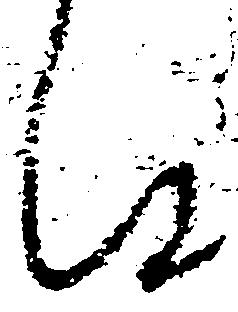
件